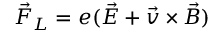
\vec { F } _ { L } = e ( \vec { E } + \vec { v } \times \vec { B } )